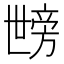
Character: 𱍦